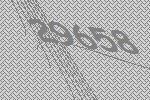
29658